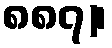
၈၈၇)၊